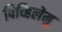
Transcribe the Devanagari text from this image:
पिच्हिलेमु